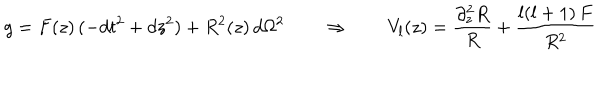
g = F ( z ) \, ( - d t ^ { 2 } + d z ^ { 2 } ) + R ^ { 2 } ( z ) \, d \Omega ^ { 2 } \qquad \Rightarrow \qquad V _ { l } ( z ) = \frac { \partial _ { z } ^ { 2 } R } { R } + \frac { l ( l + 1 ) \, F } { R ^ { 2 } }